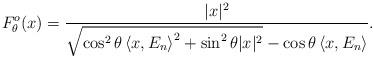
LaTeX: \begin{align*} F_\theta^o(x)=\frac{\vert x\vert^2}{\sqrt{\cos^2\theta\left<x,E_n\right>^2+\sin^2\theta\vert x\vert^2}-\cos\theta\left<x,E_n\right>}.\end{align*}